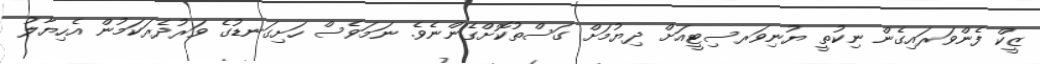
ޒީކް ފެންވަރައިގެން ނިކުތީ ޔުނިވަރސިޓީއަށް ދިޔުމަށް ގަސްތުކޮށްގެންނެވެ. ނަމަވެސް ހަށިގަނޑުގެ ވަރުދެރަކަމުން އެހިޔާލު